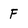
Character: F